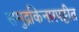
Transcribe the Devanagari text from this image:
समुद्रकिनारपट्टीत